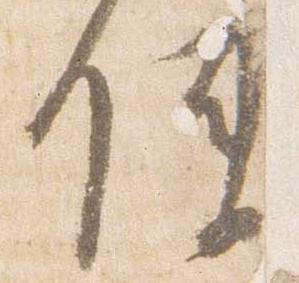
使